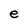
Character: e